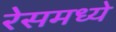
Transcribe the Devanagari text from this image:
रेसमध्ये